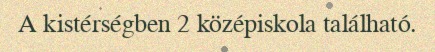
A kistérségben 2 középiskola található.